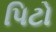
પિટો